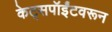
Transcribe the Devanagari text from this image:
केट्सपॉईंटवरून